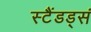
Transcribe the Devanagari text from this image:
स्टैंडड्सं